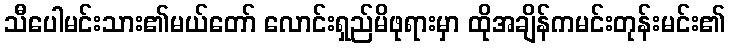
သီပေါမင်းသား၏မယ်တော် လောင်းရှည်မိဖုရားမှာ ထိုအချိန်ကမင်းတုန်းမင်း၏